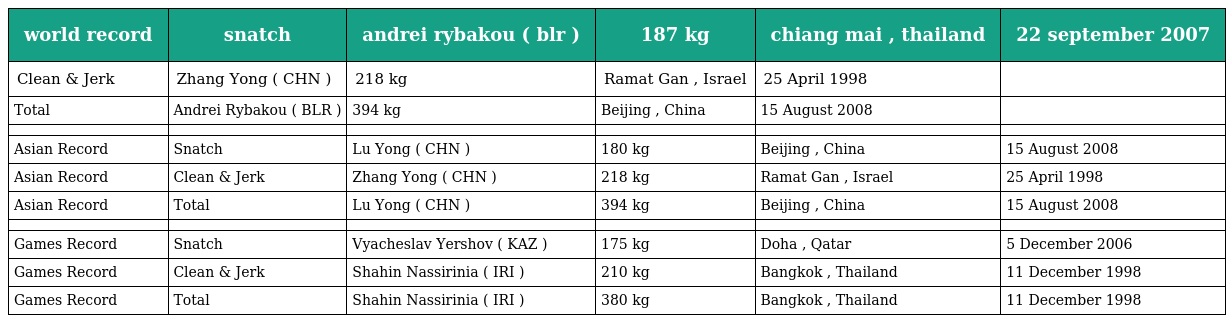
| world record | snatch | andrei rybakou ( blr ) | 187 kg | chiang mai , thailand | 22 september 2007 |
 | --- | --- | --- | --- | --- | --- |
 | Clean & Jerk | Zhang Yong ( CHN ) | 218 kg | Ramat Gan , Israel | 25 April 1998 |  |
 | Total | Andrei Rybakou ( BLR ) | 394 kg | Beijing , China | 15 August 2008 |  |
 |  |  |  |  |  |  |
 | Asian Record | Snatch | Lu Yong ( CHN ) | 180 kg | Beijing , China | 15 August 2008 |
 | Asian Record | Clean & Jerk | Zhang Yong ( CHN ) | 218 kg | Ramat Gan , Israel | 25 April 1998 |
 | Asian Record | Total | Lu Yong ( CHN ) | 394 kg | Beijing , China | 15 August 2008 |
 |  |  |  |  |  |  |
 | Games Record | Snatch | Vyacheslav Yershov ( KAZ ) | 175 kg | Doha , Qatar | 5 December 2006 |
 | Games Record | Clean & Jerk | Shahin Nassirinia ( IRI ) | 210 kg | Bangkok , Thailand | 11 December 1998 |
 | Games Record | Total | Shahin Nassirinia ( IRI ) | 380 kg | Bangkok , Thailand | 11 December 1998 |